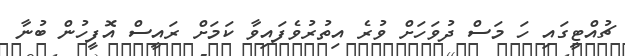
ޗުއްޓީގައި ހަ މަސް ދުވަހަށް ވުރެ އިތުރުވެފައިވާ ކަމަށް ރައީސް އޮފީހުން ބުނާ